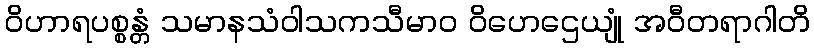
ဝိဟာရပစ္စန္တံ သမာနသံဝါသကသီမာဝ ဝိဟေဌေယျုံ အဝီတရာဂါတိ